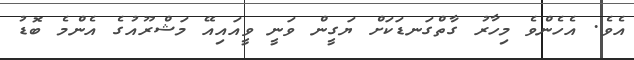
އެވެ. އެހެންވެ މިހާރު ގާތްގަނޑަކަށް ޔަގީން ވަނީ ވީއައިއޭ މަޝްރޫއުގެ އެންމެ ބޮޑު